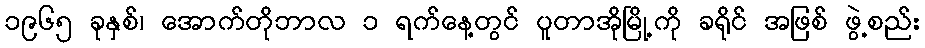
၁၉၆၅ ခုနှစ်၊ အောက်တိုဘာလ ၁ ရက်နေ့တွင် ပူတာအိုမြို့ကို ခရိုင် အဖြစ် ဖွဲ့စည်း